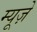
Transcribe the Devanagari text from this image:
म्यूज़े